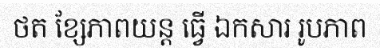
ថត ខ្សែភាពយន្ត ធ្វើ ឯកសារ រូបភាព